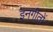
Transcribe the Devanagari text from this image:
इनगीतों